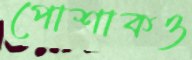
পোশাকও